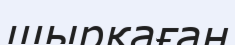
шырқаған